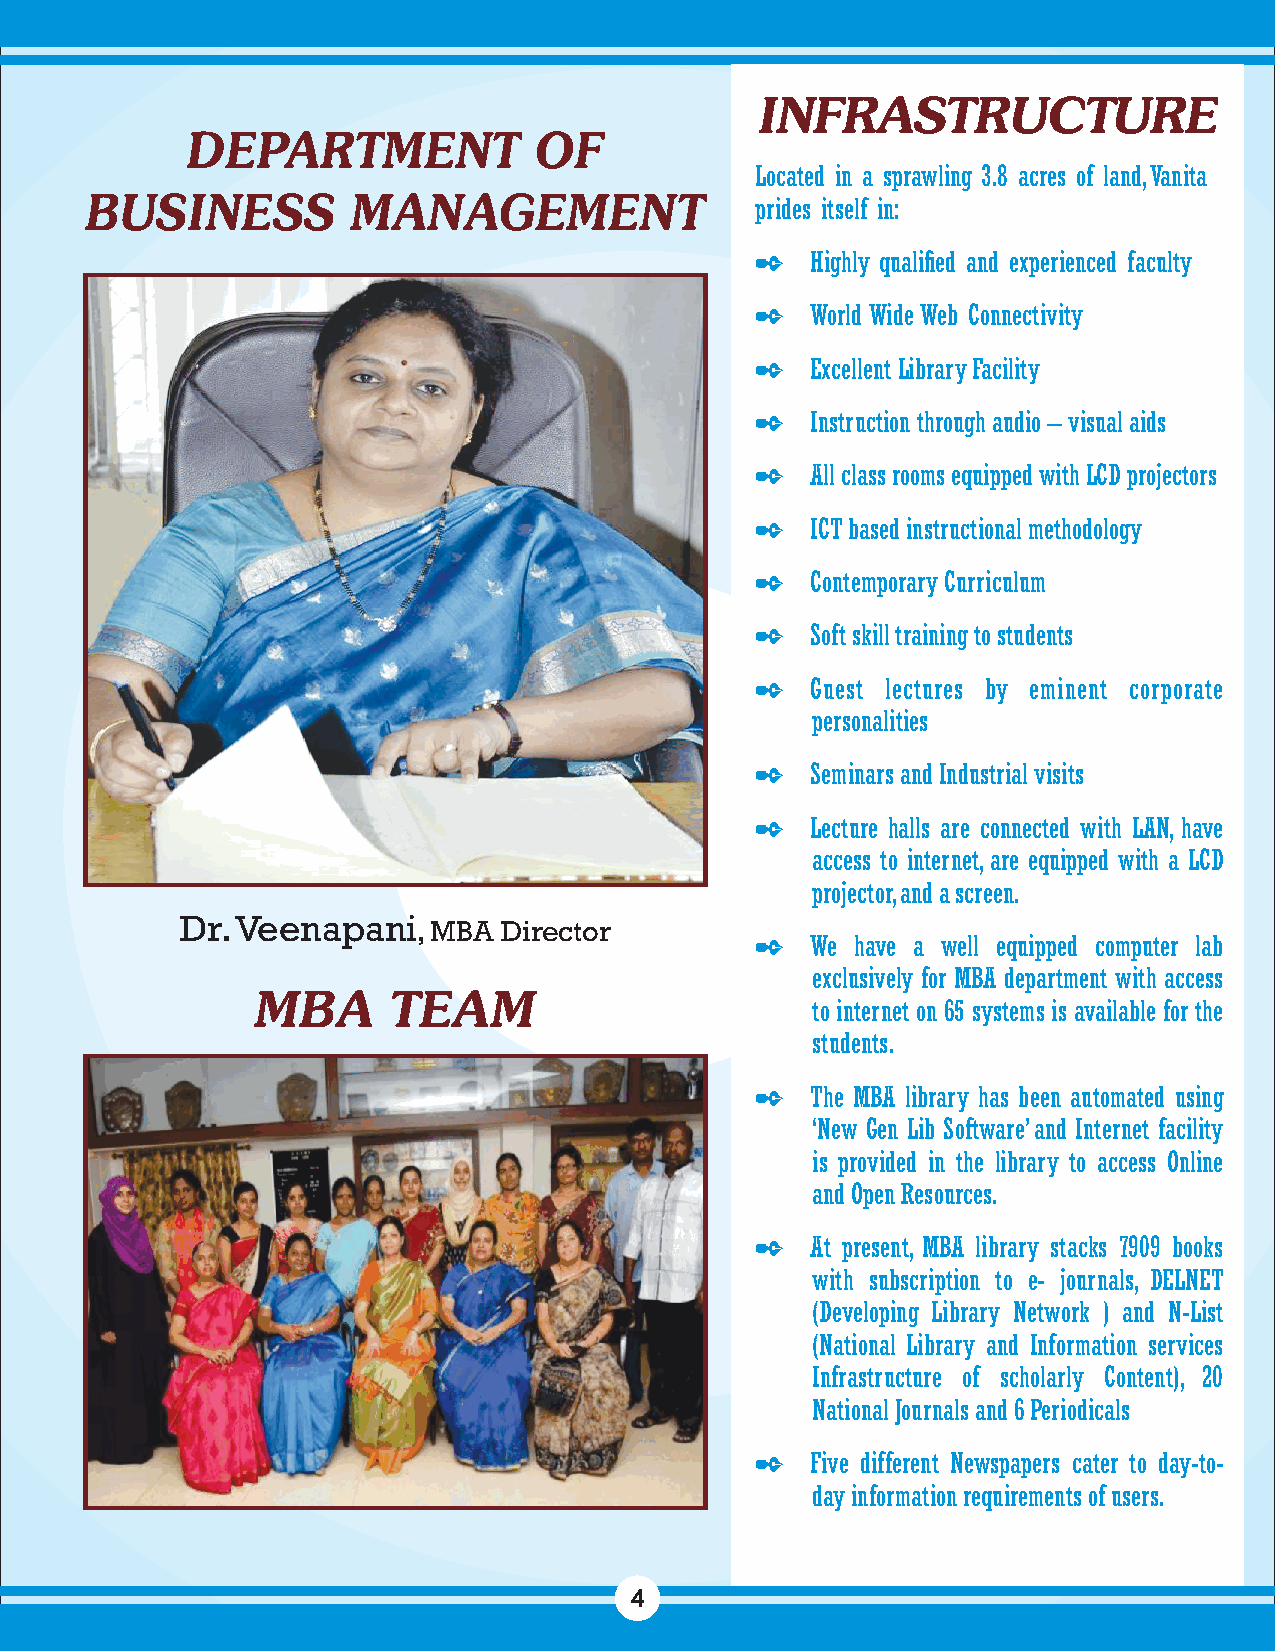
INFRASTRUCTURE
 DEPARTMENT             OF
 Located in a sprawling 3.8 acres of land, Vanita
 BUSINESS         MANAGEMENT                 prides itself in:
    Highly qualified and experienced faculty
    World Wide Web Connectivity
    Excellent Library Facility
    Instruction through audio – visual aids
    All class rooms equipped with LCD projectors
    ICT based instructional methodology
    Contemporary Curriculum
    Soft skill training to students
    Guest lectures by eminent corporate
 personalities
    Seminars and Industrial visits
    Lecture halls are connected with LAN, have
 access to internet, are equipped with a LCD
 projector, and a screen.
 Dr. Veenapani
 , MBA Director
    We have a well equipped computer lab
 exclusively for MBA department with access
 MBA      TEAM
 to internet on 65 systems is available for the
 students.
    The MBA library has been automated using
 ‘New Gen Lib Software’ and Internet facility
 is provided in the library to access Online
 and Open Resources.
    At present, MBA library stacks 7909 books
 with subscription to e- journals, DELNET
 (Developing Library Network ) and N-List
 (National Library and Information services
 Infrastructure of scholarly Content), 20
 National Journals and 6 Periodicals
    Five different Newspapers cater to day-to-
 day information requirements of users.
 4